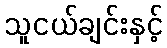
သူငယ်ချင်းနှင့်